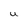
Character: U